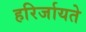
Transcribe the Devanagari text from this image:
हरिर्जायते